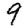
Digit: 9